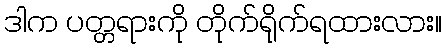
ဒါက ပတ္တရားကို တိုက်ရိုက်ရထားလား။